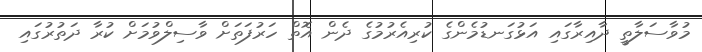
މުވާސަލާތީ ދާއިރާގައި އަޅުގަނޑުމެންގެ ކުރިއެރުމުގެ ދެން އޮތް ހަރުފަތަށް ވާސިލްވުމަށް ކުރާ ދަތުރުގައި